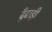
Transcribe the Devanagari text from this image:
ढूँढाड़ी